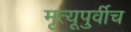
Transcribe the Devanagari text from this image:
मृत्यूपुर्वीच